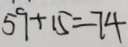
5 9 + 1 5 = 7 4